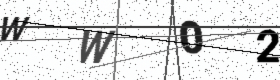
Text: WW02